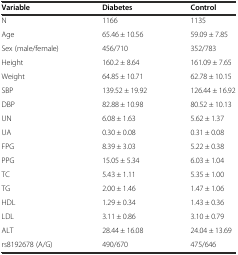
| Variable | Diabetes | Control |
 | --- | --- | --- |
 | N | 1166 | 1135 |
 | Age | 65.46 ± 10.56 | 59.09 ± 7.85 |
 | Sex (male/female) | 456/710 | 352/783 |
 | Height | 160.2 ± 8.64 | 161.09 ± 7.65 |
 | Weight | 64.85 ± 10.71 | 62.78 ± 10.15 |
 | SBP | 139.52 ± 19.92 | 126.44 ± 16.92 |
 | DBP | 82.88 ± 10.98 | 80.52 ± 10.13 |
 | UN | 6.08 ± 1.63 | 5.62 ± 1.37 |
 | UA | 0.30 ± 0.08 | 0.31 ± 0.08 |
 | FPG | 8.39 ± 3.03 | 5.22 ± 0.38 |
 | PPG | 15.05 ± 5.34 | 6.03 ± 1.04 |
 | TC | 5.43 ± 1.11 | 5.35 ± 1.00 |
 | TG | 2.00 ± 1.46 | 1.47 ± 1.06 |
 | HDL | 1.29 ± 0.34 | 1.43 ± 0.36 |
 | LDL | 3.11 ± 0.86 | 3.10 ± 0.79 |
 | ALT | 28.44 ± 16.08 | 24.04 ± 13.69 |
 | rs8192678 (A/G) | 490/670 | 475/646 |